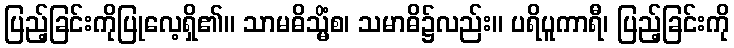
ပြည့်ခြင်းကိုပြုလေ့ရှိ၏။ သာမဓိသ္မိံစ၊ သမာဓိ၌လည်း။ ပရိပူကာရီ၊ ပြည့်ခြင်းကို